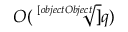
O ( { \sqrt [ [object Object] ] { q } } )